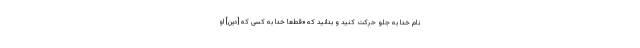
نام خدا به جلو حرکت کنید و بدانید که «قطعاً خدا به کسی که [دین] او